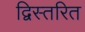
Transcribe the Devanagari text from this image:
द्विस्तरित